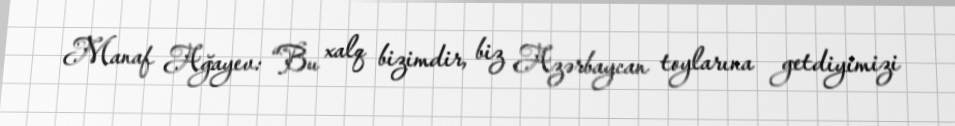
Manaf Ağayev: “Bu xalq bizimdir, biz Azərbaycan toylarına getdiyimizi